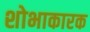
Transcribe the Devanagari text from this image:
शोभाकारक